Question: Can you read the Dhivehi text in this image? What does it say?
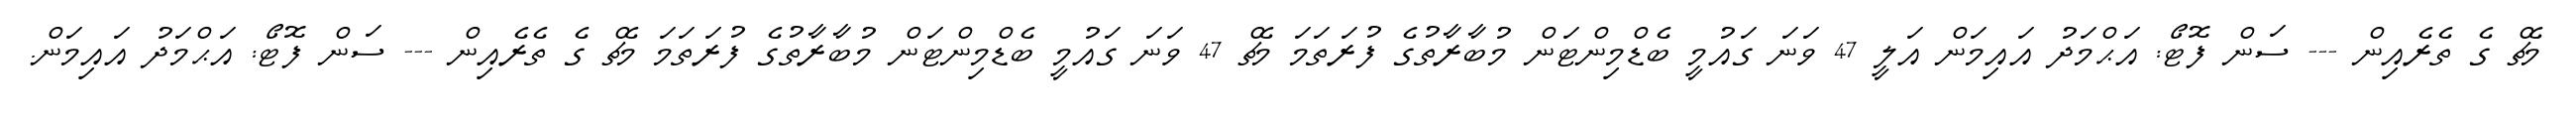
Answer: މެޗް ގެ ތެރެއިން --- ސަން ފޮޓޯ: އަޙްމަދު އައިމަން އަލީ 47 ވަނަ ގައުމީ ބެޑްމިންޓަން މުބާރާތުގެ ފުރަތަމަ މެޗް 47 ވަނަ ގައުމީ ބެޑްމިންޓަން މުބާރާތުގެ ފުރަތަމަ މެޗް ގެ ތެރެއިން --- ސަން ފޮޓޯ: އަޙްމަދު އައިމަން.